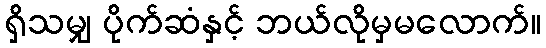
ရှိသမျှ ပိုက်ဆံနှင့် ဘယ်လိုမှမလောက်။